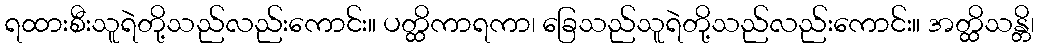
ရထားစီးသူရဲတို့သည်လည်းကောင်း။ ပတ္ထိကာရကာ၊ ခြေသည်သူရဲတို့သည်လည်းကောင်း။ အတ္ထိသန္တိ၊